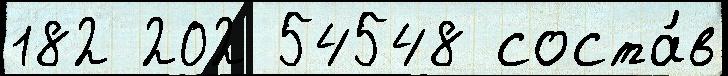
182 202 54548 соста́в